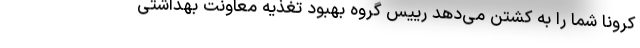
کرونا شما را به کشتن می‌دهد رییس گروه بهبود تغذیه معاونت بهداشتی